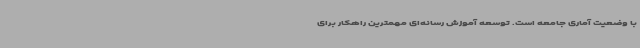
با وضعیت آماری جامعه است. توسعه آموزش رسانه‌ای مهمترین راهکار برای